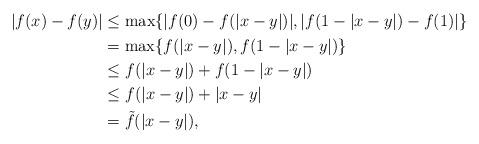
LaTeX: \begin{align*}\begin{aligned}|f(x)-f(y)| &\le \max\{|f(0) - f(|x-y|)|,|f(1-|x-y|)-f(1)|\}\\& = \max\{f(|x-y|),f(1-|x-y|)\}\\& \le f(|x-y|)+f(1-|x-y|)\\& \le f(|x-y|) + |x-y|\\& = \tilde f(|x-y|),\end{aligned}\end{align*}